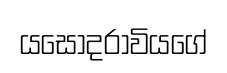
යසෝදරාවියගේ